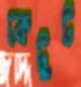
কেটুট